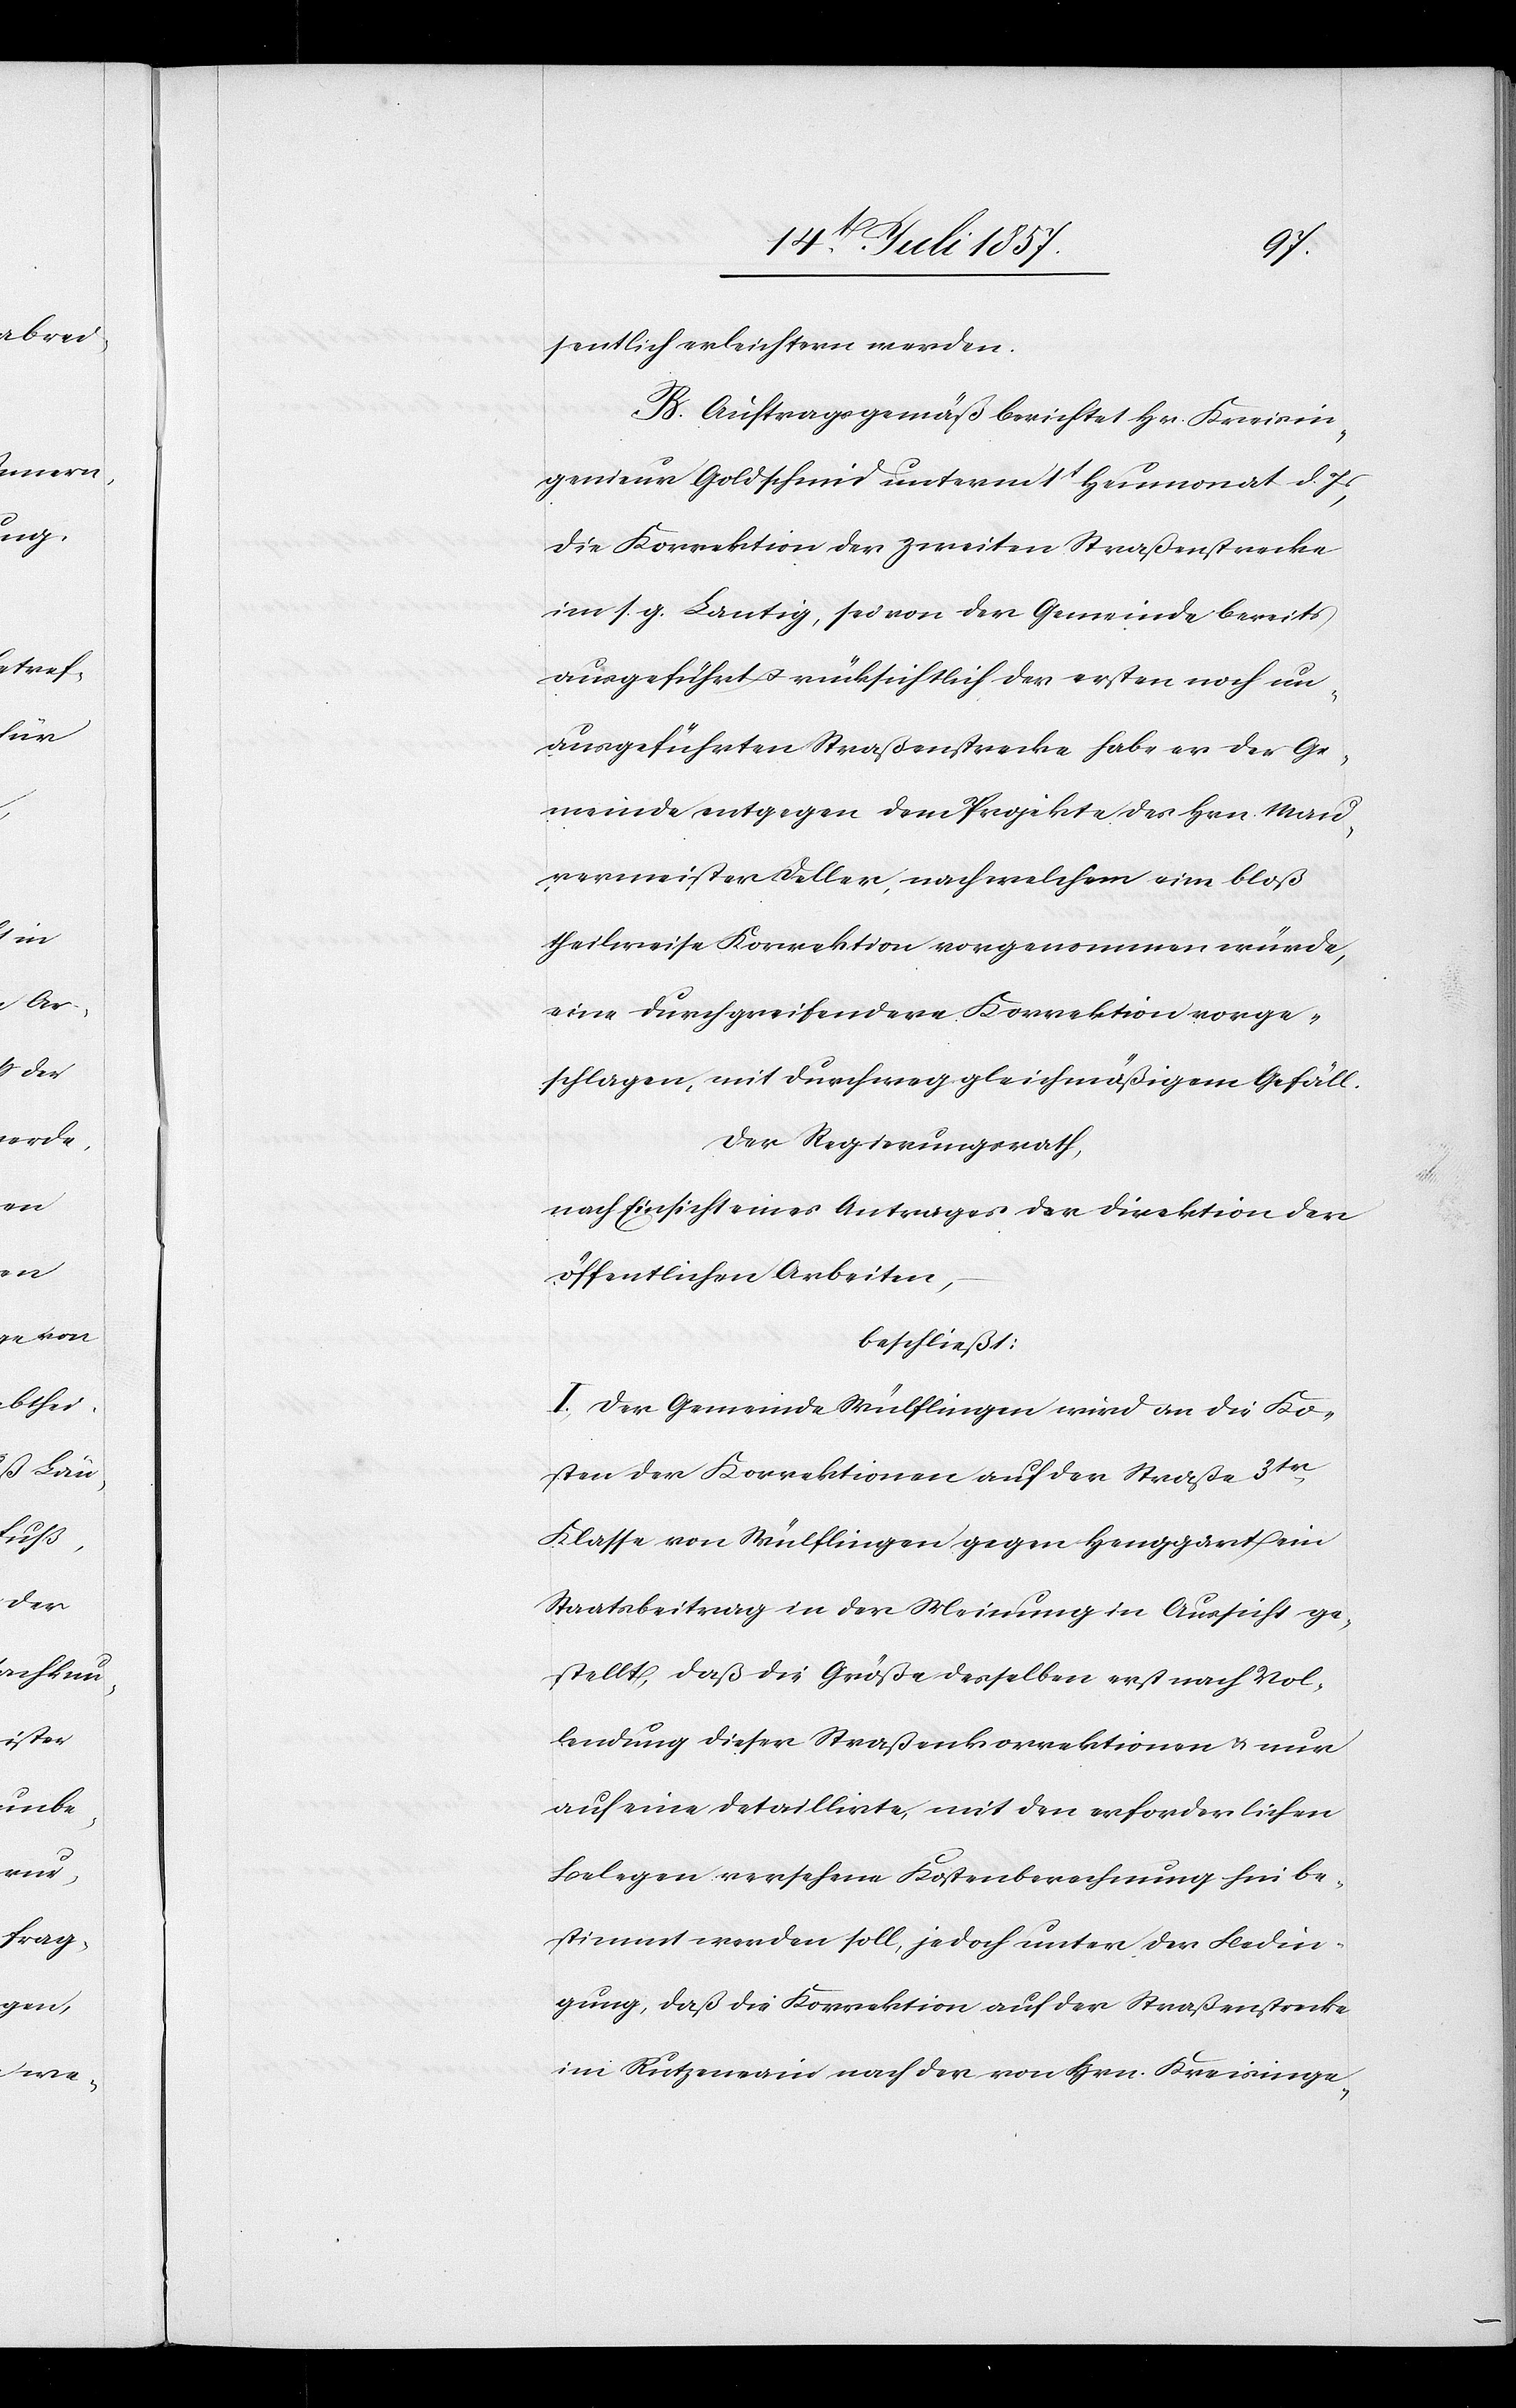
sentlich erleichtern werden.
B. Auftragsgemäß berichtet Hr. Kreisin¬
genieur Goldschmid unterm 1t Heumonat d. Js.,
die Korrektion der zweiten Straßenstrecke
im s. g. Lantig, sei von der Gemeinde bereits
ausgeführt & rücksichtlich der ersten noch un¬
ausgeführten Straßenstrecke habe er der Ge¬
meinde entgegen dem Projekte des Hrn. Mau¬
rermeister Deller, nach welchem eine bloß
theilweise Korrektion vorgenommen würde,
eine durchgreifendere Korrektion vorge¬
schlagen, mit durchweg gleichmäßigem Gefäll.
Der Regierungsrath,
nach Einsicht eines Antrages der Direktion der
öffentlichen Arbeiten,
beschliesst:
I. Der Gemeinde Wülflingen wird an die Ko¬
sten der Korrektionen auf der Straße 3tr
Klasse von Wülflingen gegen Henggart ein
Staatsbeitrag in der Meinung in Aussicht ge¬
stellt, daß die Größe desselben erst nach Vol¬
lendung dieser Straßenkorrektionen & nur
auf eine detaillirte, mit den erforderlichen
Belegen versehene Kostenberechnung hin be¬
stimmt werden soll, jedoch unter der Bedin¬
gung, daß die Korrektion auf der Straßenstrecke
im Rutzenrain nach der von Hrn. Kreisinge-